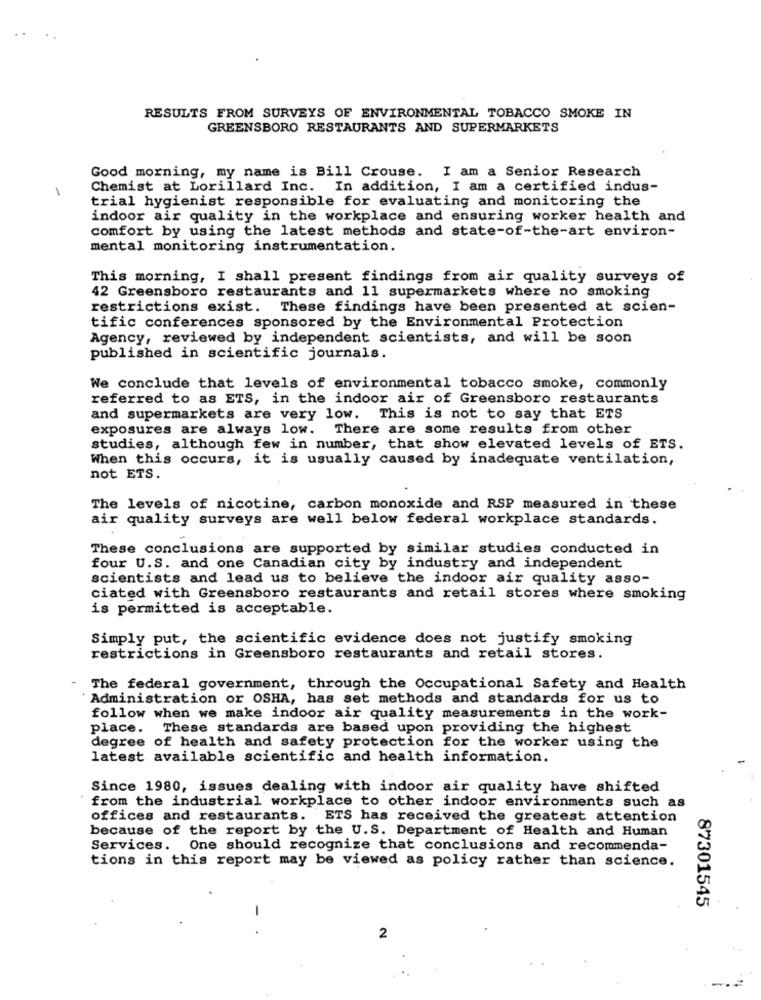
RESULTS FROM SURVEYS OF ENVIRONMENTAL TOBACCO SMOKE IN
GREENSBORO RESTAURANTS AND SUPERMARKETS
Good morning, my name is Bill Crouse. I am a Senior Research
1
Chemist at Lorillard Inc. In addition, I am a certified indus-
trial hygienist responsible for evaluating and monitoring the
indoor air quality in the workplace and ensuring worker health and
comfort by using the latest methods and state-of-the-art environ-
mental monitoring instrumentation.
This morning, I shall present findings from air quality surveys of
42 Greensboro restaurants and 11 supermarkets where no smoking
restrictions exist. These findings have been presented at scien-
tific conferences sponsored by the Environmental Protection
Agency, reviewed by independent scientists, and will be soon
published in scientific journals.
We conclude that levels of environmental tobacco smoke, commonly
referred to as ETS, in the indoor air of Greensboro restaurants
and supermarkets are very low. This is not to say that ETS
exposures are always low. There are some results from other
studies, although few in number, that show elevated levels of ETS.
When this occurs, it is usually caused by inadequate ventilation,
not ETS.
The levels of nicotine, carbon monoxide and RSP measured in these
air quality surveys are well below federal workplace standards.
These conclusions are supported by similar studies conducted in
four U.S. and one Canadian city by industry and independent
scientists and lead us to believe the indoor air quality asso-
ciated with Greensboro restaurants and retail stores where smoking
is permitted is acceptable.
Simply put, the scientific evidence does not justify smoking
restrictions in Greensboro restaurants and retail stores.
The federal government, through the Occupational Safety and Health
Administration or OSHA, has set methods and standards for us to
follow when we make indoor air quality measurements in the work-
place. These standards are based upon providing the highest
degree of health and safety protection for the worker using the
latest available scientific and health information.
Since 1980, issues dealing with indoor air quality have shifted
from the industrial workplace to other indoor environments such as
offices and restaurants. ETS has received the greatest attention
because of the report by the U.S. Department of Health and Human
Services. One should recognize that conclusions and recommenda-
tions in this report may be viewed as policy rather than science.
87301545
-
2